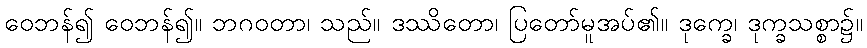
ဝေဘန်၍ ဝေဘန်၍။ ဘဂဝတာ၊ သည်။ ဒဿိတော၊ ပြတော်မူအပ်၏။ ဒုက္ခေ၊ ဒုက္ခသစ္စာ၌။